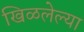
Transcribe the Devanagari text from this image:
खिळलेल्या